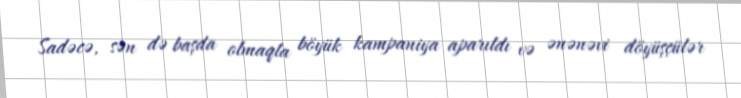
Sadəcə, sən də başda olmaqla böyük kampaniya aparıldı və ənənəvi döyüşçülər